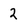
Character: 2